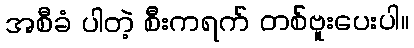
အစီခံ ပါတဲ့ စီးကရက် တစ်ဗူးပေးပါ။